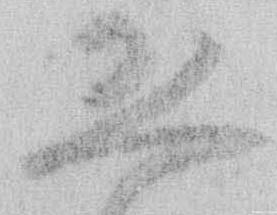
恐